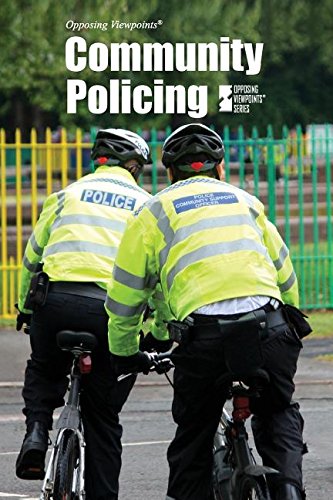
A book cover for Community Policing (Opposing Viewpoints); Roman Espejo; Teen & Young Adult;